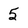
Character: 5